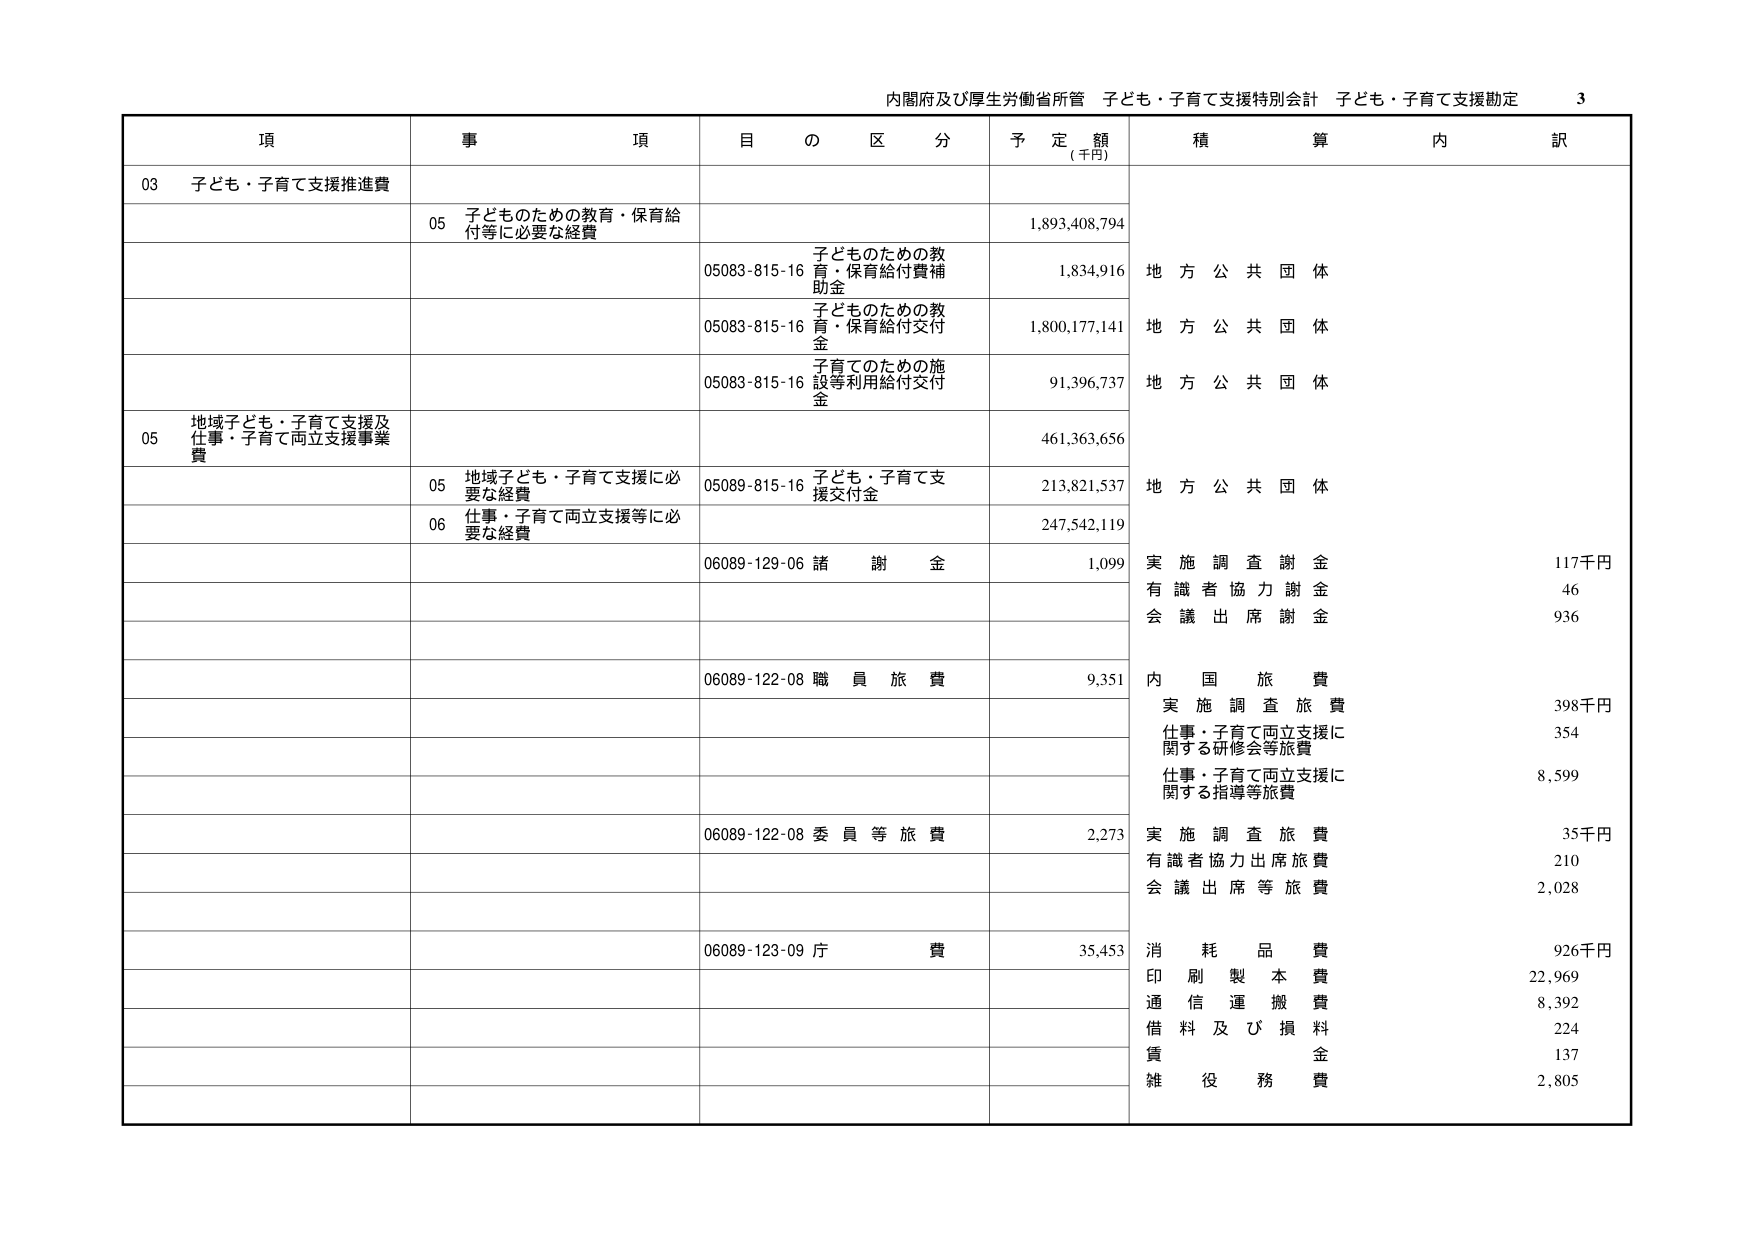
内閣府及び厚生労働省所管 子ども・子育て支援特別会計 子ども・子育て支援勘定 3

項 事 項 目 の 区 分 予 定 額 (千円) 積 算 内 訳

03 子ども・子育て支援推進費

05 子どものための教育・保育給付等に必要な経費 1,893,408,794

05083-815-16 子どものための教育・保育給付費補助金 1,834,916 地方公共団体

05083-815-16 子どものための教育・保育給付交付金 1,800,177,141 地方公共団体

05083-815-16 子育てのための施設等利用給付交付金 91,396,737 地方公共団体

05 地域子ども・子育て支援及仕事・子育て両立支援事業費 461,363,656

05 地域子ども・子育て支援に必要な経費 05089-815-16 子ども・子育て支援交付金 213,821,537 地方公共団体

06 仕事・子育て両立支援等に必要な経費 247,542,119

06089-129-06 諸謝金 1,099 実施調査謝金 117千円 有識者協力謝金 46 会議出席謝金 936

06089-122-08 職員旅費 9,351 内国旅費 実施調査旅費 398千円 仕事・子育て両立支援に関する研修会等旅費 354 仕事・子育て両立支援に関する指導等旅費 8,599

06089-122-08 委員等旅費 2,273 実施調査旅費 35千円 有識者協力出席旅費 210 会議出席等旅費 2,028

06089-123-09 庁費 35,453 消耗品費 926千円 印刷製本費 22,969 通信運搬費 8,392 借料及び損料 224 賃金 137 雑役務費 2,805